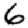
Digit: 6